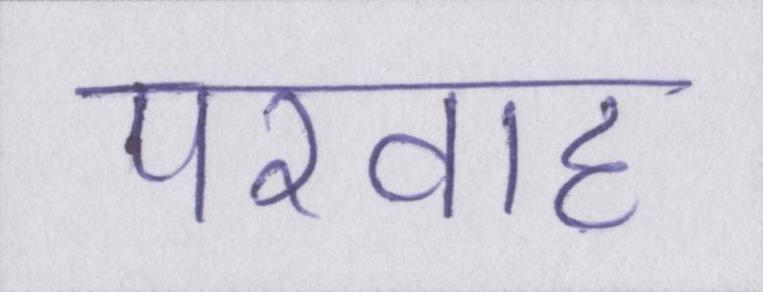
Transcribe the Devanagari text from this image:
परवाह